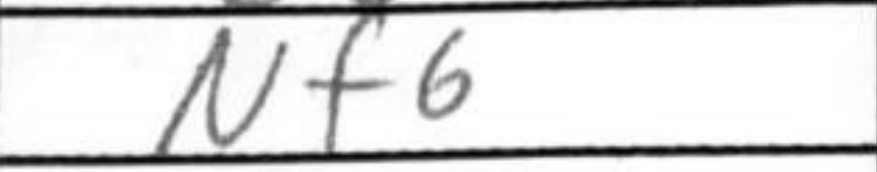
Transcription: Nf6